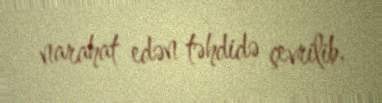
narahat edən təhdidə çevrilib.